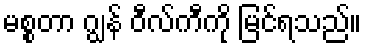
မစ္စတာ ဂျွန် ဝီလ်ကီကို မြင်ရသည်။